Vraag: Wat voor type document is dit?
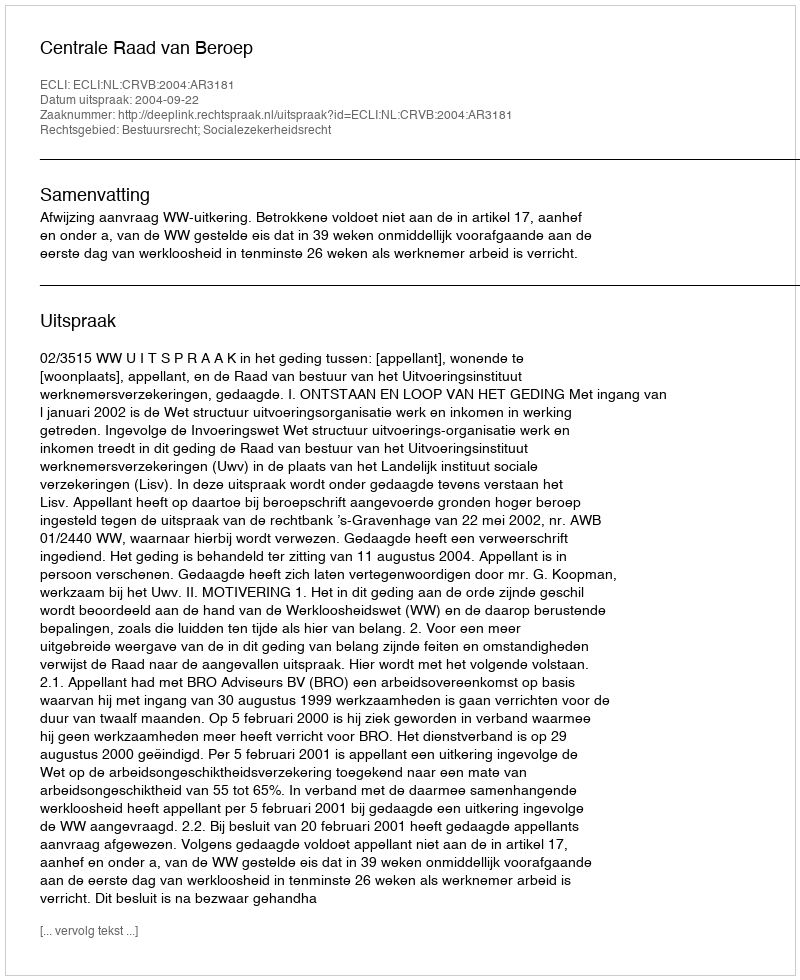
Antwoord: Uitspraak